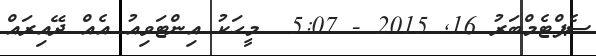
ސެޕްޓެމްބަރު 16